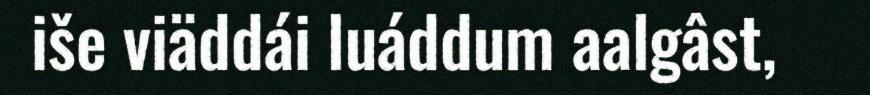
iše viäddái luáddum aalgâst,